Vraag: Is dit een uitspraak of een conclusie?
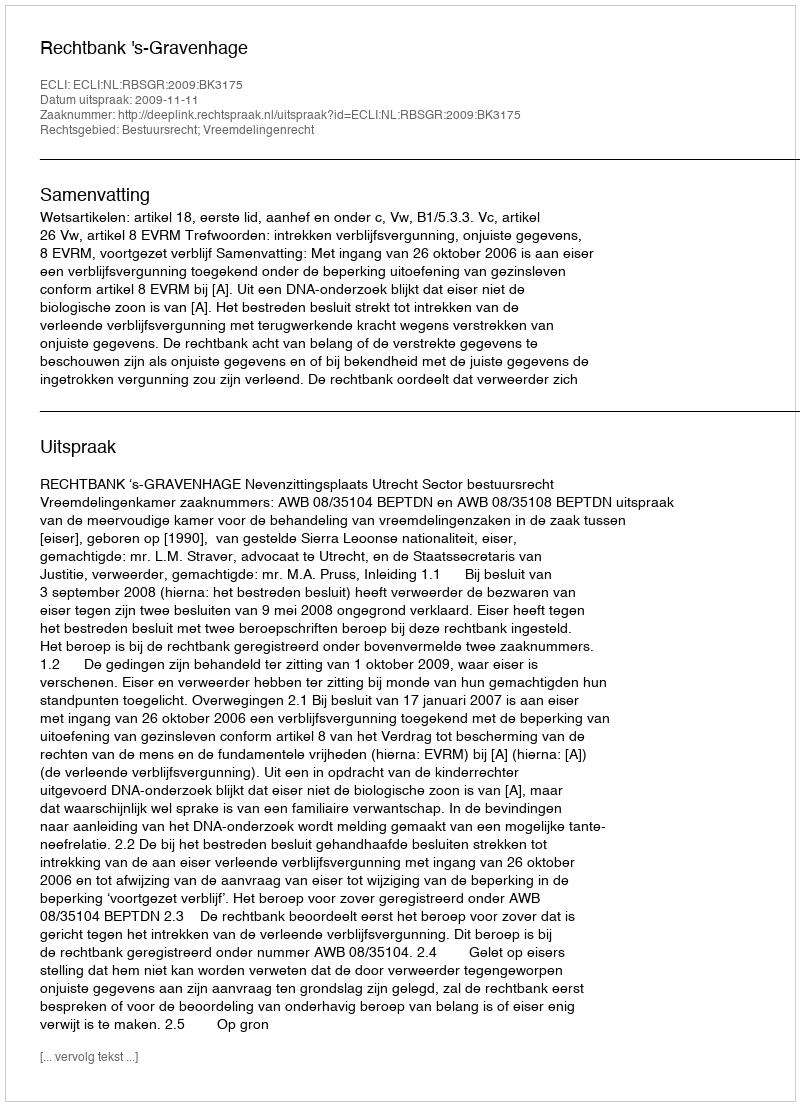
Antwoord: Uitspraak